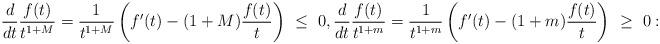
LaTeX: \begin{align*}\frac{d}{dt}\frac{f(t)}{t^{1+M}}=\frac{1}{t^{1+M}}\left(f'(t)-(1+M)\frac{f(t)}{t}\right)\ \leq\ 0, \frac{d}{dt}\frac{f(t)}{t^{1+m}}=\frac{1}{t^{1+m}}\left(f'(t)-(1+m)\frac{f(t)}{t}\right)\ \geq\ 0:\end{align*}